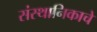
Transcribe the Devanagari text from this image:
संस्थानिकाचे